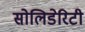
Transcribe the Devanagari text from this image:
सोलिडेरिटी